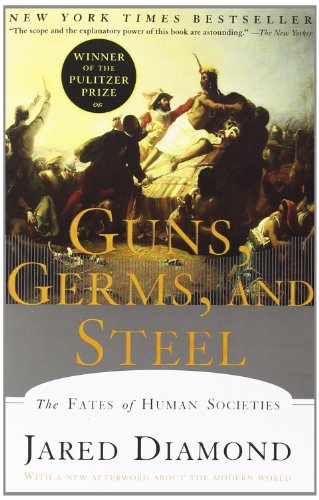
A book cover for Guns, Germs, and Steel: The Fates of Human Societies; Jared M. Diamond; Science & Math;